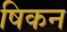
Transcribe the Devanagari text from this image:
षिकन